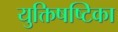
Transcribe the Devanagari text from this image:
युक्तिषष्टिका